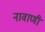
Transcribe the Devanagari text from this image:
नावाणी